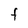
Character: f